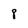
Character: 8